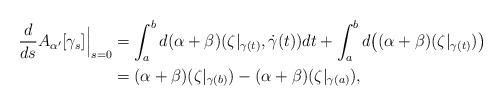
LaTeX: \begin{align*}\frac{d}{ds}A_{\alpha'}[\gamma_s]\Big\vert_{s=0}&=\int_a^bd(\alpha+\beta)(\zeta\vert_{\gamma(t)},\dot\gamma(t))dt+\int_a^b d\big((\alpha+\beta)(\zeta\vert_{\gamma(t)})\big)\\&=(\alpha+\beta)(\zeta\vert_{\gamma(b)})-(\alpha+\beta)(\zeta\vert_{\gamma(a)}),\end{align*}